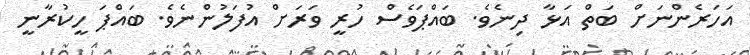
އަހަރެންނަށް ބަތް އަޅާ ދިނެވެ. ބައްޕަވެސް ހުރީ ވަރަށް އުފަލުންނެވެ. ބައްޕަ ހީކުރާނީ